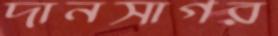
দানসাগর